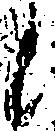
候